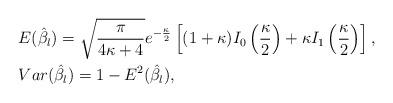
LaTeX: \begin{align*}&E(\hat \beta_l)=\sqrt{\frac{\pi}{4\kappa+4}}e^{-\frac{\kappa}{2}}\left[(1+\kappa)I_0\left(\frac{\kappa}{2}\right)+\kappa I_1\left(\frac{\kappa}{2}\right)\right],\\&Var(\hat \beta_l) = 1-{ E}^2(\hat \beta_{l}),\end{align*}